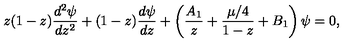
z ( 1 - z ) { \frac { d ^ { 2 } \psi } { d z ^ { 2 } } } + ( 1 - z ) { \frac { d \psi } { d z } } + \left( { \frac { A _ { 1 } } { z } } + { \frac { \mu / 4 } { 1 - z } } + B _ { 1 } \right) \psi = 0 ,